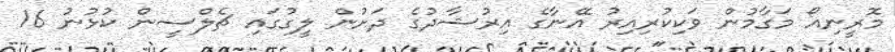
މޮރީނިއޯ މަގާމުން ވަކިކުރިއިރު އޭނާގެ އިރުޝާދުގެ ދަށުން ލީގުގައި ޗެލްސީން ކުޅުނު 16